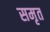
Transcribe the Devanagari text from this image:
समृत